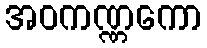
အဝကဏ္ဏကော